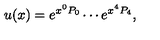
u ( x ) = e ^ { x ^ { 0 } P _ { 0 } } \cdots e ^ { x ^ { 4 } P _ { 4 } } ,